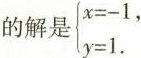
$$\left\{ \begin{matrix} x = - 1 , \\ y = 1. \\ \end{matrix} \right.$$